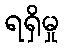
ရရှိမှု